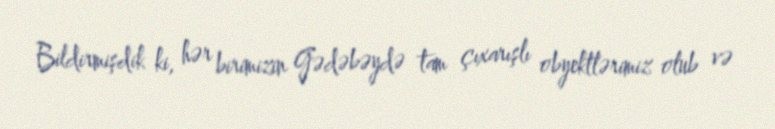
Bildirmişdik ki, hər birimizin Gədəbəydə tam çıxarışlı obyektlərimiz olub və